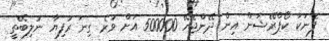
ފެނަކަ ކޯޕްރޭޝަން އިން ދޭންޖެހޭ 500000 އަށް ވުރެ ގިނަ ރުފިޔާ ނުލިބޭތީ